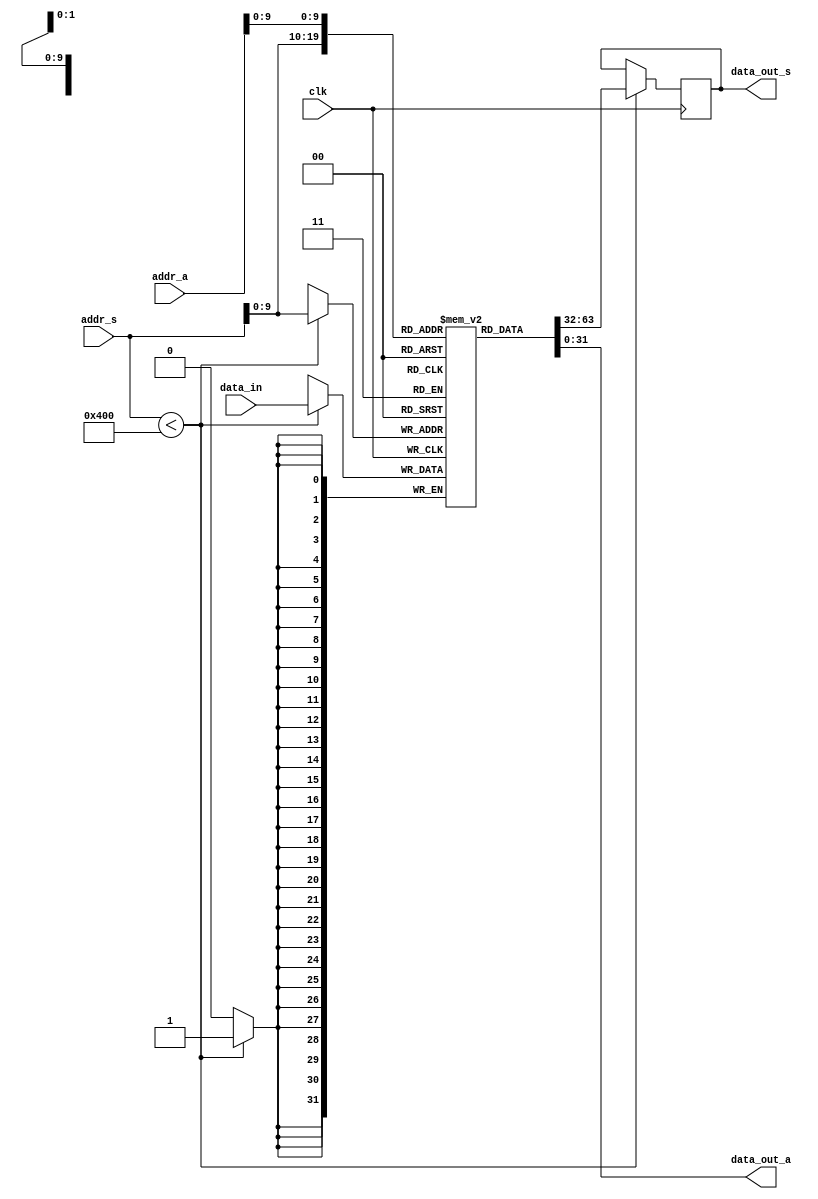
module dual_port_ram(
    input wire clk, // clock signal for synchronous port
    input wire [31:0] addr_s, // address input for synchronous port
    input wire [31:0] addr_a, // address input for asynchronous port
    input wire [31:0] data_in, // data input
    output reg [31:0] data_out_s, // data output for synchronous port
    output reg [31:0] data_out_a // data output for asynchronous port
);

reg [31:0] mem [0:1023];

always @(posedge clk)
begin
    if (addr_s < 1024)
    begin
        data_out_s <= mem[addr_s];
        mem[addr_s] <= data_in;
    end
end

assign data_out_a = mem[addr_a];

endmodule